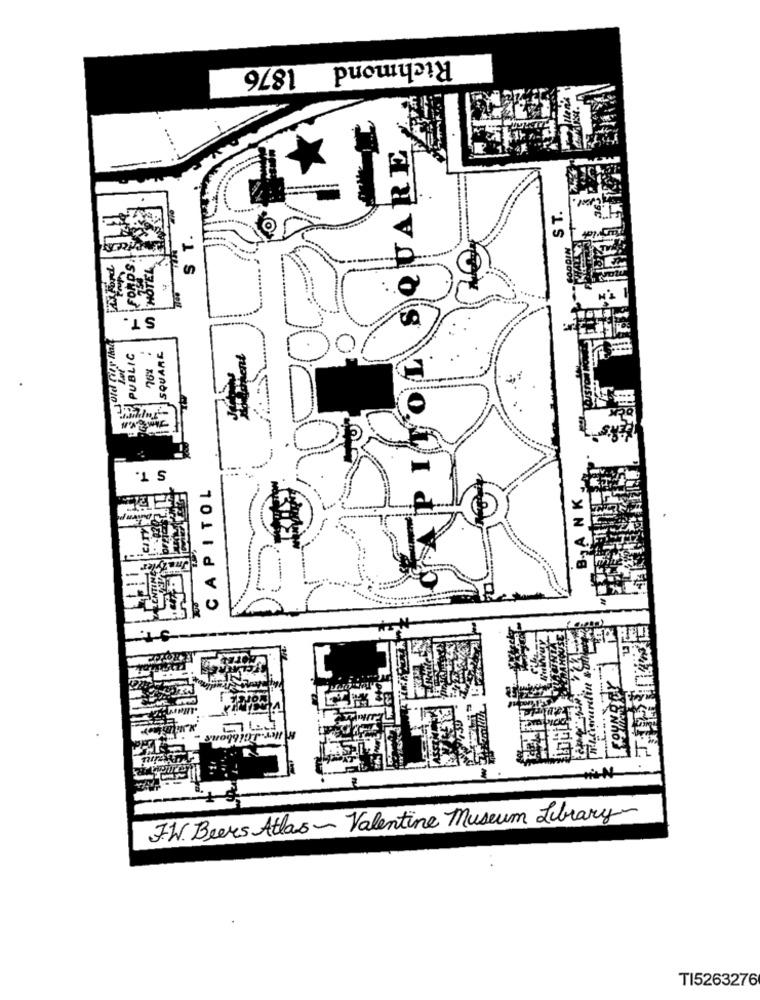
Richmond 1876
L SQUARE
ST.
ST.
ST.
SQUARE
PUBLIC
76%
0)
ST.
CAPITOL
122
B-JA NK
J.W. Beers Atlas - Valentine Museum Library
TI5263276